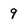
Character: 9